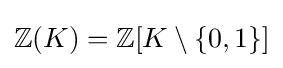
\mathbb {Z} (K)=\mathbb {Z} [K\setminus \{0,1\}]